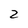
Character: 2